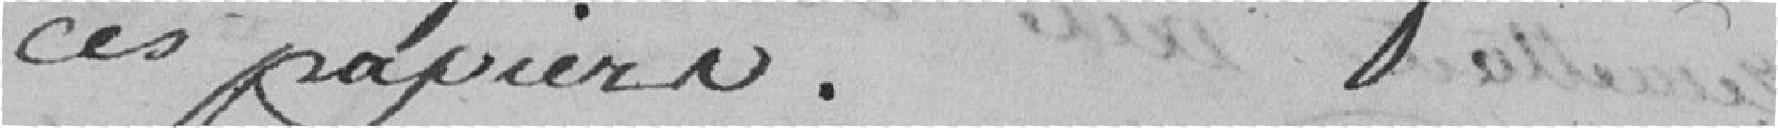
ces papiers.